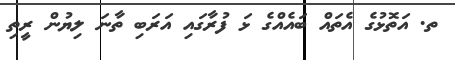
ތ. އަތޮޅުގެ އެތައް ބައެއްގެ ޅަ ފުރާގައި އަރަބި ތާނަ ލިޔުން ރީތި